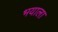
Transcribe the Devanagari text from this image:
भयाला